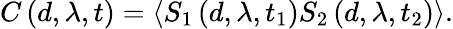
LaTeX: C\left(d,\lambda,t\right)=\left\langle S_{1}\left(d,\lambda,t_{1}\right)S_{2}\left(d,\lambda,t_{2}\right)\right\rangle.